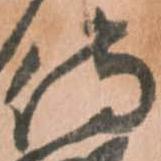
侍